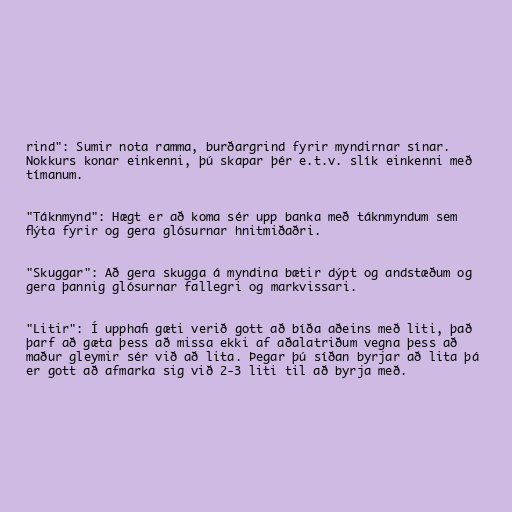
rind": Sumir nota ramma, burðargrind fyrir myndirnar sínar.
Nokkurs konar einkenni, þú skapar þér e.t.v. slík einkenni með
tímanum.

"Táknmynd": Hægt er að koma sér upp banka með táknmyndum sem
flýta fyrir og gera glósurnar hnitmiðaðri.

"Skuggar": Að gera skugga á myndina bætir dýpt og andstæðum og
gera þannig glósurnar fallegri og markvissari.

"Litir": Í upphafi gæti verið gott að bíða aðeins með liti, það
þarf að gæta þess að missa ekki af aðalatriðum vegna þess að
maður gleymir sér við að lita. Þegar þú síðan byrjar að lita þá
er gott að afmarka sig við 2-3 liti til að byrja með.